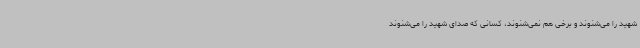
شهید را می‌شنوند و برخی هم نمی‌شنوند، کسانی که صدای شهید را می‌شنوند